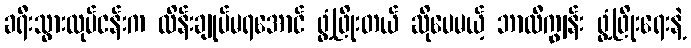
ခရီးသွားလုပ်ငန်းက ထိန်းချုပ်မရအောင် ဖွံ့ဖြိုးတယ် ဆိုပေမယ့် ဘာလီကျွန်း ဖွံ့ဖြိုးရေးနဲ့